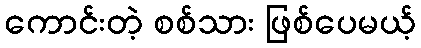
ကောင်းတဲ့ စစ်သား ဖြစ်ပေမယ့်